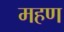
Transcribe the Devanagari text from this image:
महण